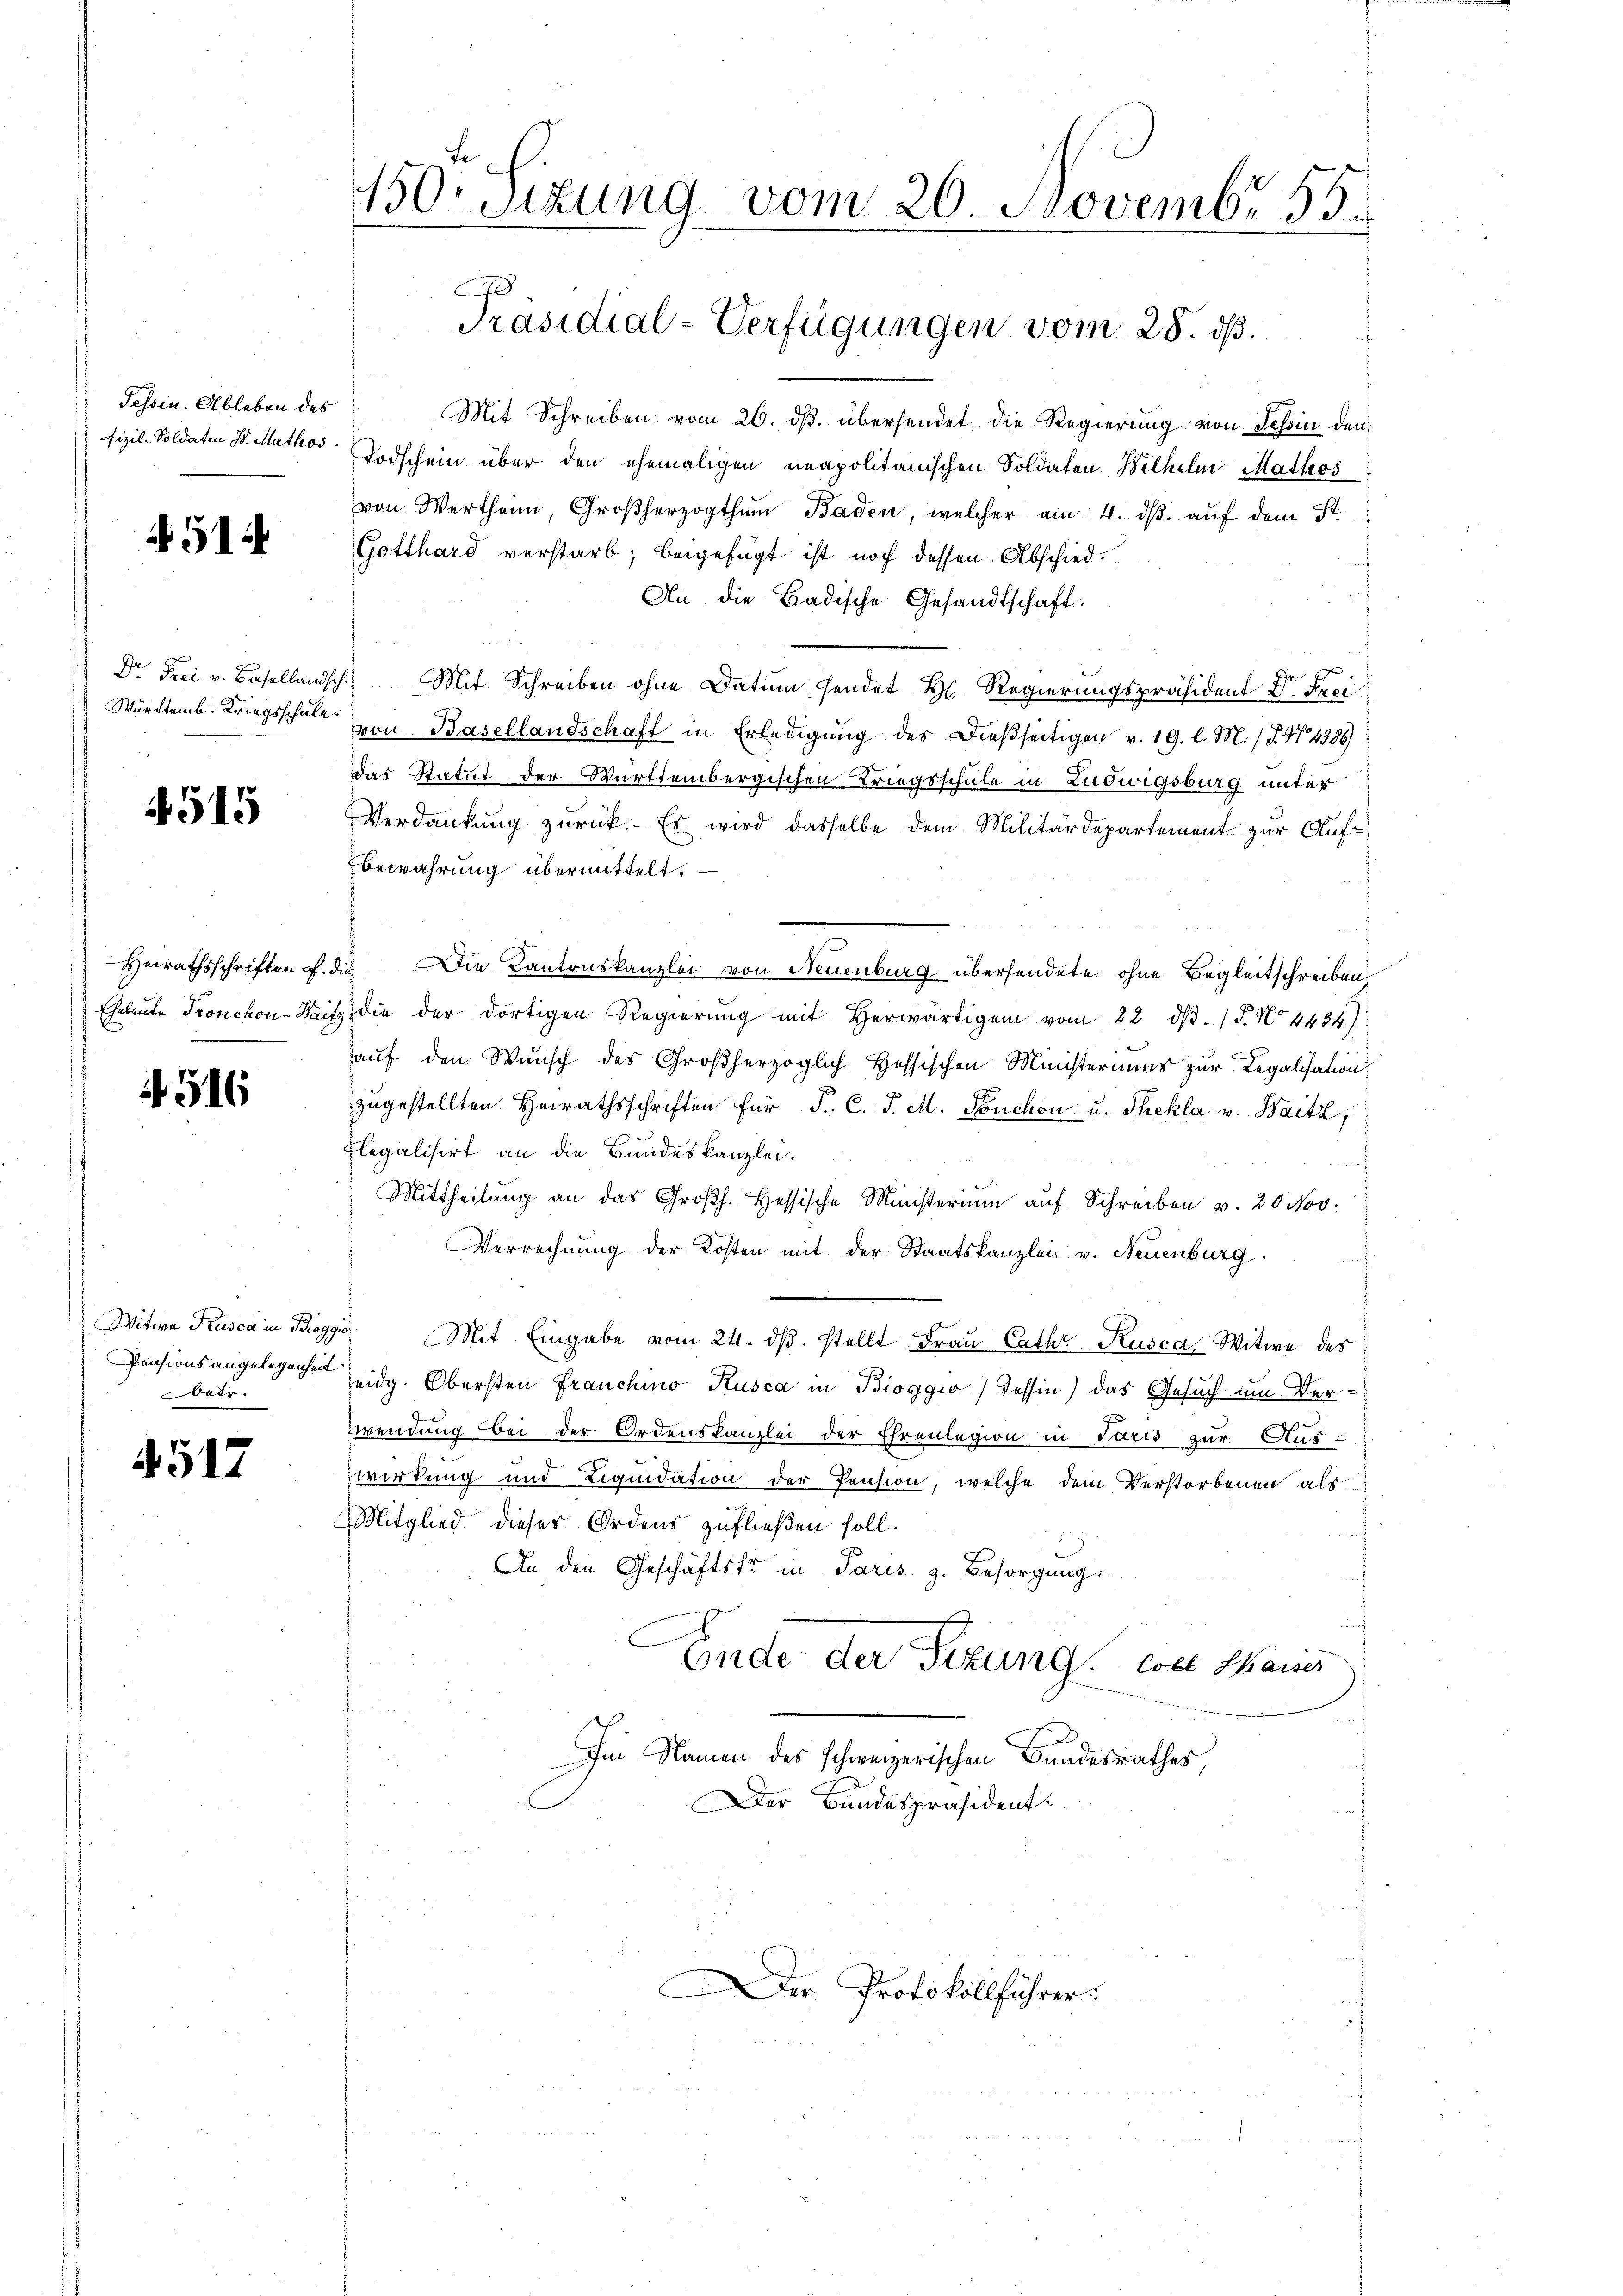
Tessin. Ableben des
Fizil. Soldaten B. Mathos.

451

Dr Frei v. Basellandsch
Württemb. Kriegsschule.

4515

Heirathsschriften d. d.
Eheleute Proschon - Wart

516

Witwe Kusca in Biogg
Pensionsangelegenheit
batr.

4517

450. Sizung vom 20. Novembr. 15.
Präsidial-Verfügungen vom 28. ds.

Der Protokollführer.

Mit Schreiben vom 26. ds. übersendet die Regierung von Tessin den
Todschein über den ehemaligen neapolitanischen Soldaten, Bilhelm Mathos
von Werthen, Großherzogthum Baden, welcher am 4. ds. auf dem St.
Gotthard verstarb; beigefügt ist noch dessen Abschied.
d
An die Badische Gesandtschaft.
Mit Schreiben ohne Datum sendet H. Regierungspräsident Dr. Frei
von Basellandschaft in Erledigung des Dießseitigen v. 19. l. M. (T. N. 4386)
das Statut der Württembergischen Kriegsschule in Ludwigsburg unter
Verdankung zurück. Es wird dasselbe dem Militärdepartement zur Auf¬
Bewahrung übermittelt.
 Die Kantonskanzlei von Neuenburg übersendete ohne Begleitschreiben
die der dortigen Regierŭng mit herwärtigen vom 22. dβ. / 5. No 4434)
auf den Wunsch des Großherzoglich Hessischen Ministeriums zur Legalisation
zugestellten Heirathsschriften für P. C. J. M. Puchon u. Thekla, v. Waitz,
legalisirt an die Bundeskanzlei.
Mittheilung an das Großh. Hessische Ministerium auf Schreiben v. 20 Nov.
Verrechnung der Kosten mit der Staatskanzlei v. Neuenburg.
Mit Eingabe vom 24. dβ. stellt Fraŭ Cathe Kusca Witwe des
eidg. Obersten Franchino Kusca in Bioggio) Tessin) das Gesuch um Verwendung bei der Ordenskanzlei der Ehrenlegion in Paris zur Aus-
wirkung und Liquidation der Pension, welche dem Verstorbenen als
Mitglied dieser Ordens zufließen soll.
An den Geschäftsfr in Paris z. Besorgung.
Ende der Sizung von Schauer
Im Namen des schweizerischen Bundesrathes,
Der Bundespräsident: